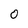
Character: 0